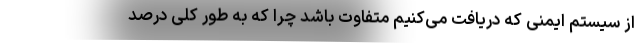
از سیستم ایمنی که دریافت می‌کنیم متفاوت باشد چرا که به طور کلی درصد